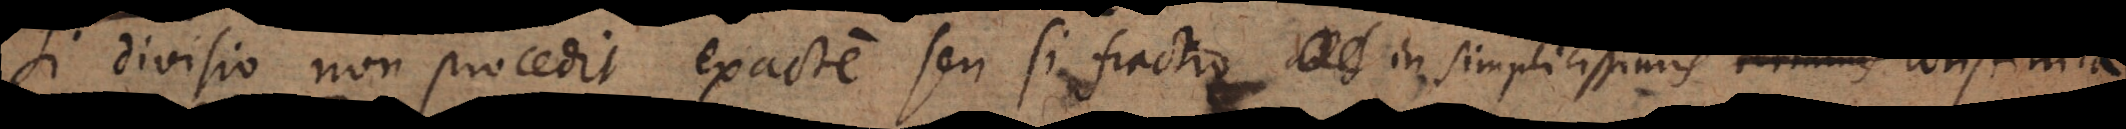
si divisio non procedit exacte seu si fractio in simplicissimis numeris constituta